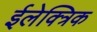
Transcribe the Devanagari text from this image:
ईलेक्त्रिक